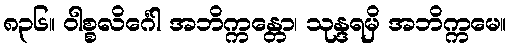
၈၃၆။ ဝါစ္စလိင်္ဂေါ အဘိက္ကန္တော၊ သုန္ဒရမှိ အဘိက္ကမေ။